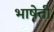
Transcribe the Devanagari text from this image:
भाषेती